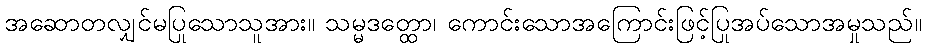
အဆောတလျှင်မပြုသောသူအား။ သမ္မဒတ္ထော၊ ကောင်းသောအကြောင်းဖြင့်ပြုအပ်သောအမှုသည်။